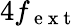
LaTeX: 4f_{\mathrm{~e~x~t~}}